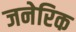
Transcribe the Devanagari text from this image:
जनेरिक